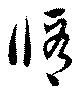
修